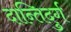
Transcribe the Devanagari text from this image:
दान्तिदुर्ग